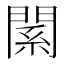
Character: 𨵆